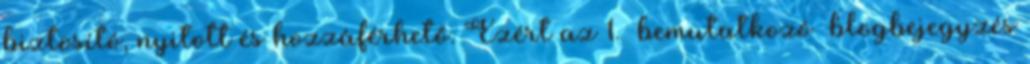
biztosító, nyitott és hozzáférhető. Ezért az 1. bemutatkozó blogbejegyzés